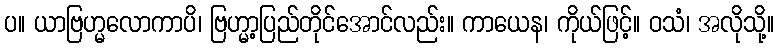
ပ။ ယာဗြဟ္မလောကာပိ၊ ဗြဟ္မာ့ပြည်တိုင်အောင်လည်း။ ကာယေန၊ ကိုယ်ဖြင့်။ ဝသံ၊ အလိုသို့။